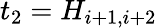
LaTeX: t_{2}=H_{i+1,i+2}